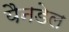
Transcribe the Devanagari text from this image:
यैनडेल